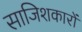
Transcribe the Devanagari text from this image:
साजिशकारों